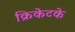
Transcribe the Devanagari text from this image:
क्रिकेटके